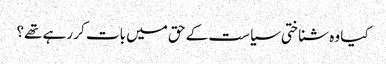
کیا وہ شناختی سیاست کے حق میں بات کر رہے تھے؟